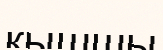
қышшы